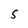
Character: S